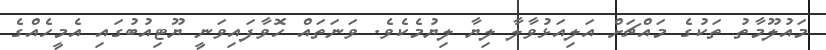
މައުލޫމާތު ތަކުގެ މައްޗަށް އަލިއަޅުވާލާ ލިޔާ ލިޔުމެކެވެ. ވަނަތައް ހޮވާފައިވަނީ ޔޫޓިއުބުގައި އެމީހެއްގެ